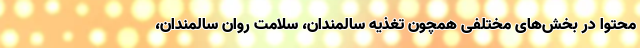
محتوا در بخش‌های مختلفی همچون تغذیه سالمندان، سلامت روان سالمندان،